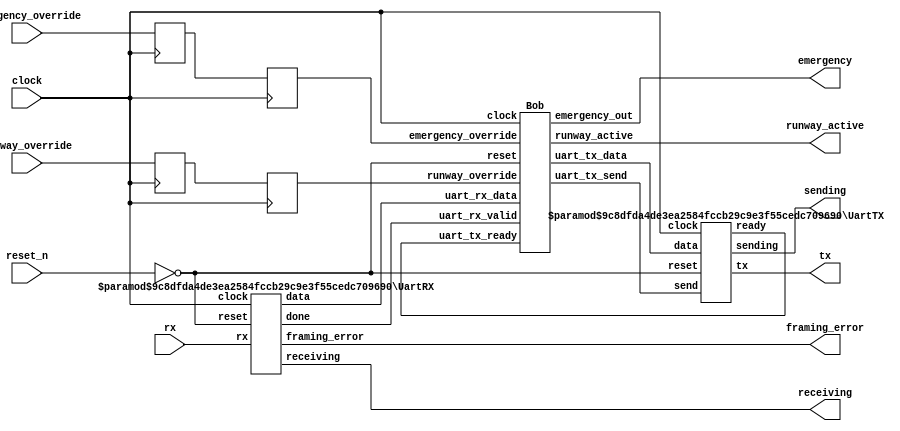
`default_nettype none
module BobTop (
	clock,
	reset_n,
	rx,
	runway_override,
	emergency_override,
	tx,
	framing_error,
	runway_active,
	emergency,
	receiving,
	sending
);
	input wire clock;
	input wire reset_n;
	input wire rx;
	input wire [1:0] runway_override;
	input wire emergency_override;
	output wire tx;
	output wire framing_error;
	output wire [1:0] runway_active;
	output wire emergency;
	output wire receiving;
	output wire sending;
	wire [7:0] uart_rx_data;
	wire [7:0] uart_tx_data;
	wire uart_rx_valid;
	wire uart_tx_ready;
	wire uart_tx_send;
	UartRX #(
		.CLK_HZ(25000000),
		.BAUD_RATE(115200)
	) receiver(
		.clock(clock),
		.reset(~reset_n),
		.rx(rx),
		.data(uart_rx_data),
		.done(uart_rx_valid),
		.framing_error(framing_error),
		.receiving(receiving)
	);
	UartTX #(
		.CLK_HZ(25000000),
		.BAUD_RATE(115200)
	) transmitter(
		.clock(clock),
		.reset(~reset_n),
		.send(uart_tx_send),
		.data(uart_tx_data),
		.tx(tx),
		.ready(uart_tx_ready),
		.sending(sending)
	);
	reg [1:0] ro_temp;
	reg [1:0] ro_sync;
	reg eo_temp;
	reg eo_sync;
	always @(posedge clock) begin
		ro_temp <= runway_override;
		eo_temp <= emergency_override;
		ro_sync <= ro_temp;
		eo_sync <= eo_temp;
	end
	Bob bobby(
		.clock(clock),
		.reset(~reset_n),
		.uart_rx_data(uart_rx_data),
		.uart_rx_valid(uart_rx_valid),
		.uart_tx_data(uart_tx_data),
		.uart_tx_ready(uart_tx_ready),
		.uart_tx_send(uart_tx_send),
		.runway_active(runway_active),
		.runway_override(ro_sync),
		.emergency_out(emergency),
		.emergency_override(eo_sync)
	);
endmodule
module Bob (
	clock,
	reset,
	uart_rx_data,
	uart_rx_valid,
	runway_override,
	emergency_override,
	uart_tx_data,
	uart_tx_ready,
	uart_tx_send,
	runway_active,
	emergency_out
);
	input wire clock;
	input wire reset;
	input wire [7:0] uart_rx_data;
	input wire uart_rx_valid;
	input wire [1:0] runway_override;
	input wire emergency_override;
	output wire [7:0] uart_tx_data;
	input wire uart_tx_ready;
	output wire uart_tx_send;
	output wire [1:0] runway_active;
	output wire emergency_out;
	wire [7:0] uart_request;
	wire uart_rd_request;
	wire uart_empty;
	wire runway_id;
	wire lock;
	wire unlock;
	reg [3:0] cleared_id_to_lock;
	wire sel_takeoff_id_lock;
	wire [9:0] runway;
	wire queue_takeoff_plane;
	wire unqueue_takeoff_plane;
	wire [3:0] cleared_takeoff_id;
	wire takeoff_fifo_full;
	wire takeoff_fifo_empty;
	wire queue_landing_plane;
	wire unqueue_landing_plane;
	wire [3:0] cleared_landing_id;
	wire landing_fifo_full;
	wire landing_fifo_empty;
	wire send_hold;
	wire send_say_ag;
	wire send_divert;
	wire send_divert_landing;
	wire send_valid_id;
	wire send_invalid_id;
	wire [1:0] send_clear;
	reg [7:0] reply_to_send;
	wire send_reply;
	wire queue_reply;
	wire reply_fifo_full;
	wire reply_fifo_empty;
	reg emergency;
	wire set_emergency;
	wire unset_emergency;
	reg [3:0] emergency_id;
	FIFO #(
		.WIDTH(8),
		.DEPTH(4)
	) uart_requests(
		.clock(clock),
		.reset(reset),
		.data_in(uart_rx_data),
		.we(uart_rx_valid),
		.re(uart_rd_request),
		.data_out({uart_request[7-:4], uart_request[3-:3], uart_request[0]}),
		.full(),
		.empty(uart_empty)
	);
	FIFO #(
		.WIDTH(4),
		.DEPTH(8)
	) takeoff_fifo(
		.clock(clock),
		.reset(reset),
		.data_in(uart_request[7-:4]),
		.we(queue_takeoff_plane),
		.re(unqueue_takeoff_plane),
		.data_out(cleared_takeoff_id),
		.full(takeoff_fifo_full),
		.empty(takeoff_fifo_empty)
	);
	FIFO #(
		.WIDTH(4),
		.DEPTH(8)
	) landing_fifo(
		.clock(clock),
		.reset(reset),
		.data_in(uart_request[7-:4]),
		.we(queue_landing_plane),
		.re(unqueue_landing_plane),
		.data_out(cleared_landing_id),
		.full(landing_fifo_full),
		.empty(landing_fifo_empty)
	);
	wire [3:0] new_id;
	reg [3:0] id_in;
	wire sel_diverted_id;
	wire take_id;
	wire release_id;
	wire id_full;
	wire [15:0] all_id;
	always @(*)
		if (sel_diverted_id)
			id_in = cleared_landing_id;
		else
			id_in = uart_request[7-:4];
	AircraftIDManager id_manager(
		.clock(clock),
		.reset(reset),
		.id_in(id_in),
		.release_id(release_id),
		.take_id(take_id),
		.id_out(new_id),
		.all_id(all_id),
		.full(id_full)
	);
	ReadRequestFsm fsm(
		.emergency(emergency_out),
		.clock(clock),
		.reset(reset),
		.uart_empty(uart_empty),
		.uart_request(uart_request),
		.takeoff_fifo_full(takeoff_fifo_full),
		.landing_fifo_full(landing_fifo_full),
		.takeoff_fifo_empty(takeoff_fifo_empty),
		.landing_fifo_empty(landing_fifo_empty),
		.reply_fifo_full(reply_fifo_full),
		.runway_active(runway_active),
		.all_id(all_id),
		.id_full(id_full),
		.emergency_id(emergency_id),
		.runway(runway),
		.uart_rd_request(uart_rd_request),
		.queue_takeoff_plane(queue_takeoff_plane),
		.queue_landing_plane(queue_landing_plane),
		.unqueue_takeoff_plane(unqueue_takeoff_plane),
		.unqueue_landing_plane(unqueue_landing_plane),
		.send_clear(send_clear),
		.send_hold(send_hold),
		.send_say_ag(send_say_ag),
		.send_divert(send_divert),
		.send_divert_landing(send_divert_landing),
		.send_invalid_id(send_invalid_id),
		.send_valid_id(send_valid_id),
		.queue_reply(queue_reply),
		.lock(lock),
		.unlock(unlock),
		.runway_id(runway_id),
		.set_emergency(set_emergency),
		.unset_emergency(unset_emergency),
		.take_id(take_id),
		.release_id(release_id),
		.sel_takeoff_id_lock(sel_takeoff_id_lock),
		.sel_diverted_id(sel_diverted_id)
	);
	always @(posedge clock)
		if (reset)
			reply_to_send <= 0;
		else if (send_clear[0] ^ send_clear[1]) begin
			if (send_clear[0]) begin
				reply_to_send[7-:4] <= cleared_takeoff_id;
				reply_to_send[3-:3] <= 3'b011;
				reply_to_send[0] <= runway_id;
			end
			else if (send_clear[1]) begin
				reply_to_send[7-:4] <= cleared_landing_id;
				reply_to_send[3-:3] <= 3'b011;
				reply_to_send[0] <= runway_id;
			end
		end
		else if (send_hold) begin
			reply_to_send[7-:4] <= uart_request[7-:4];
			reply_to_send[3-:3] <= 3'b100;
			reply_to_send[0] <= 1'b0;
		end
		else if (send_say_ag) begin
			reply_to_send[7-:4] <= uart_request[7-:4];
			reply_to_send[3-:3] <= 3'b101;
			reply_to_send[0] <= 1'b0;
		end
		else if (send_divert) begin
			reply_to_send[7-:4] <= uart_request[7-:4];
			reply_to_send[3-:3] <= 3'b110;
			reply_to_send[0] <= 1'b0;
		end
		else if (send_divert_landing) begin
			reply_to_send[7-:4] <= cleared_landing_id;
			reply_to_send[3-:3] <= 3'b110;
			reply_to_send[0] <= 1'b0;
		end
		else if (send_invalid_id) begin
			reply_to_send[7-:4] <= 4'd0;
			reply_to_send[3-:3] <= 3'b111;
			reply_to_send[0] <= 1'b1;
		end
		else if (send_valid_id) begin
			reply_to_send[7-:4] <= new_id;
			reply_to_send[3-:3] <= 3'b111;
			reply_to_send[0] <= 1'b0;
		end
	FIFO #(
		.WIDTH(8),
		.DEPTH(4)
	) uart_replies(
		.clock(clock),
		.reset(reset),
		.data_in(reply_to_send),
		.we(queue_reply),
		.re(send_reply),
		.data_out(uart_tx_data),
		.full(reply_fifo_full),
		.empty(reply_fifo_empty)
	);
	SendReplyFsm reply_fsm(
		.clock(clock),
		.reset(reset),
		.uart_tx_ready(uart_tx_ready),
		.reply_fifo_empty(reply_fifo_empty),
		.send_reply(send_reply),
		.uart_tx_send(uart_tx_send)
	);
	always @(*)
		if (sel_takeoff_id_lock)
			cleared_id_to_lock = cleared_takeoff_id;
		else
			cleared_id_to_lock = cleared_landing_id;
	RunwayManager runway_manager(
		.clock(clock),
		.reset(reset),
		.plane_id_unlock(uart_request[7-:4]),
		.plane_id_lock(cleared_id_to_lock),
		.runway_id(runway_id),
		.lock(lock),
		.unlock(unlock),
		.runway_active(runway_active),
		.runway_override(runway_override),
		.runway(runway)
	);
	always @(posedge clock)
		if (reset) begin
			emergency_id <= 4'd0;
			emergency <= 1'b0;
		end
		else if (set_emergency) begin
			emergency_id <= uart_request[7-:4];
			emergency <= 1'b1;
		end
		else if (unset_emergency)
			emergency <= 1'b0;
	assign emergency_out = emergency | emergency_override;
endmodule
module ReadRequestFsm (
	clock,
	reset,
	uart_empty,
	uart_request,
	takeoff_fifo_full,
	landing_fifo_full,
	takeoff_fifo_empty,
	landing_fifo_empty,
	reply_fifo_full,
	runway_active,
	emergency,
	all_id,
	id_full,
	emergency_id,
	runway,
	uart_rd_request,
	queue_takeoff_plane,
	queue_landing_plane,
	unqueue_takeoff_plane,
	unqueue_landing_plane,
	send_clear,
	send_hold,
	send_say_ag,
	send_divert,
	send_divert_landing,
	send_invalid_id,
	send_valid_id,
	queue_reply,
	lock,
	unlock,
	runway_id,
	set_emergency,
	unset_emergency,
	take_id,
	release_id,
	sel_takeoff_id_lock,
	sel_diverted_id
);
	input wire clock;
	input wire reset;
	input wire uart_empty;
	input wire [7:0] uart_request;
	input wire takeoff_fifo_full;
	input wire landing_fifo_full;
	input wire takeoff_fifo_empty;
	input wire landing_fifo_empty;
	input wire reply_fifo_full;
	input wire [1:0] runway_active;
	input wire emergency;
	input wire [15:0] all_id;
	input wire id_full;
	input wire [3:0] emergency_id;
	input wire [9:0] runway;
	output reg uart_rd_request;
	output reg queue_takeoff_plane;
	output reg queue_landing_plane;
	output reg unqueue_takeoff_plane;
	output reg unqueue_landing_plane;
	output reg [1:0] send_clear;
	output reg send_hold;
	output reg send_say_ag;
	output reg send_divert;
	output reg send_divert_landing;
	output reg send_invalid_id;
	output reg send_valid_id;
	output reg queue_reply;
	output reg lock;
	output reg unlock;
	output reg runway_id;
	output reg set_emergency;
	output reg unset_emergency;
	output reg take_id;
	output reg release_id;
	output reg sel_takeoff_id_lock;
	output reg sel_diverted_id;
	wire [3:0] plane_id;
	wire [2:0] msg_type;
	wire [1:0] msg_action;
	reg takeoff_first;
	reg reverse_takeoff_first;
	assign plane_id = uart_request[7-:4];
	assign msg_type = uart_request[3-:3];
	assign msg_action = uart_request[0];
	reg [2:0] state;
	reg [2:0] next_state;
	always @(*) begin
		uart_rd_request = 1'b0;
		queue_takeoff_plane = 1'b0;
		queue_landing_plane = 1'b0;
		unqueue_takeoff_plane = 1'b0;
		unqueue_landing_plane = 1'b0;
		send_clear = 2'b00;
		send_hold = 1'b0;
		send_say_ag = 1'b0;
		send_divert = 1'b0;
		send_divert_landing = 1'b0;
		send_invalid_id = 1'b0;
		send_valid_id = 1'b0;
		queue_reply = 1'b0;
		lock = 1'b0;
		unlock = 1'b0;
		runway_id = 1'b0;
		set_emergency = 1'b0;
		unset_emergency = 1'b0;
		take_id = 1'b0;
		release_id = 1'b0;
		sel_takeoff_id_lock = 1'b0;
		sel_diverted_id = 1'b0;
		reverse_takeoff_first = 1'b0;
		next_state = 3'b000;
		case (state)
			3'b000:
				if (uart_empty) begin
					if (emergency) begin
						if (!landing_fifo_empty) begin
							next_state = 3'b110;
							unqueue_landing_plane = 1'b1;
						end
						else
							next_state = 3'b000;
					end
					else if (runway_active != 2'b11) begin
						if (!takeoff_fifo_empty && !landing_fifo_empty) begin
							if (takeoff_first) begin
								next_state = 3'b100;
								unqueue_takeoff_plane = 1'b1;
							end
							else begin
								next_state = 3'b101;
								unqueue_landing_plane = 1'b1;
							end
						end
						else if (!takeoff_fifo_empty) begin
							next_state = 3'b100;
							unqueue_takeoff_plane = 1'b1;
						end
						else if (!landing_fifo_empty) begin
							next_state = 3'b101;
							unqueue_landing_plane = 1'b1;
						end
						else
							next_state = 3'b000;
					end
					else
						next_state = 3'b000;
				end
				else begin
					next_state = 3'b001;
					uart_rd_request = 1'b1;
				end
			3'b001:
				if (msg_type == 3'b000) begin
					if (all_id[plane_id]) begin
						next_state = 3'b010;
						if (msg_action == 1'b0) begin
							if (takeoff_fifo_full) begin
								send_divert = 1'b1;
								release_id = 1'b1;
							end
							else begin
								queue_takeoff_plane = 1'b1;
								send_hold = 1'b1;
							end
						end
						else if (msg_action == 1'b1) begin
							if (landing_fifo_full || emergency) begin
								send_divert = 1'b1;
								release_id = 1'b1;
							end
							else begin
								queue_landing_plane = 1'b1;
								send_hold = 1'b1;
							end
						end
					end
					else
						next_state = 3'b011;
				end
				else if (msg_type == 3'b001) begin
					if (all_id[plane_id]) begin
						next_state = 3'b011;
						if (!msg_action) begin
							if ((runway[4-:4] == plane_id) && runway[0])
								release_id = 1'b1;
							unlock = 1'b1;
							runway_id = 1'b0;
						end
						else if (msg_action) begin
							if ((runway[9-:4] == plane_id) && runway[5])
								release_id = 1'b1;
							unlock = 1'b1;
							runway_id = 1'b1;
						end
					end
					else
						next_state = 3'b011;
				end
				else if (msg_type == 3'b010) begin
					if (msg_action == 1'b1) begin
						if (!landing_fifo_empty) begin
							next_state = 3'b110;
							unqueue_landing_plane = 1'b1;
						end
						else
							next_state = 3'b000;
						set_emergency = 1'b1;
					end
					else if (msg_action == 1'b0) begin
						next_state = 3'b011;
						if (emergency_id == plane_id)
							unset_emergency = 1'b1;
						release_id = 1'b1;
					end
				end
				else if (msg_type == 3'b111) begin
					next_state = 3'b010;
					if (id_full)
						send_invalid_id = 1'b1;
					else begin
						send_valid_id = 1'b1;
						take_id = 1'b1;
					end
				end
				else begin
					next_state = 3'b010;
					send_say_ag = 1'b1;
				end
			3'b010:
				if (reply_fifo_full)
					next_state = 3'b010;
				else begin
					next_state = 3'b011;
					queue_reply = 1'b1;
				end
			3'b011:
				if (emergency) begin
					if (!landing_fifo_empty) begin
						next_state = 3'b110;
						unqueue_landing_plane = 1'b1;
					end
					else
						next_state = 3'b000;
				end
				else if (runway_active != 2'b11) begin
					if (!takeoff_fifo_empty && !landing_fifo_empty) begin
						if (takeoff_first) begin
							next_state = 3'b100;
							unqueue_takeoff_plane = 1'b1;
							reverse_takeoff_first = 1'b1;
						end
						else begin
							next_state = 3'b101;
							unqueue_landing_plane = 1'b1;
							reverse_takeoff_first = 1'b1;
						end
					end
					else if (!takeoff_fifo_empty) begin
						next_state = 3'b100;
						unqueue_takeoff_plane = 1'b1;
					end
					else if (!landing_fifo_empty) begin
						next_state = 3'b101;
						unqueue_landing_plane = 1'b1;
					end
					else
						next_state = 3'b000;
				end
				else
					next_state = 3'b000;
			3'b100: begin
				next_state = 3'b111;
				sel_takeoff_id_lock = 1'b1;
				if (!runway_active[0]) begin
					runway_id = 1'b0;
					lock = 1'b1;
					send_clear = 2'b01;
				end
				else if (!runway_active[1]) begin
					runway_id = 1'b1;
					lock = 1'b1;
					send_clear = 2'b01;
				end
			end
			3'b101: begin
				next_state = 3'b111;
				if (!runway_active[0]) begin
					runway_id = 1'b0;
					lock = 1'b1;
					send_clear = 2'b10;
				end
				else if (!runway_active[1]) begin
					runway_id = 1'b1;
					lock = 1'b1;
					send_clear = 2'b10;
				end
			end
			3'b110: begin
				next_state = 3'b111;
				send_divert_landing = 1'b1;
				sel_diverted_id = 1'b1;
				release_id = 1'b1;
			end
			3'b111: begin
				next_state = 3'b000;
				queue_reply = 1'b1;
			end
			default: next_state = 3'b000;
		endcase
	end
	always @(posedge clock)
		if (reset)
			state <= 3'b000;
		else
			state <= next_state;
	always @(posedge clock)
		if (reset)
			takeoff_first <= 1'b0;
		else if (reverse_takeoff_first)
			takeoff_first <= ~takeoff_first;
endmodule
module SendReplyFsm (
	clock,
	reset,
	uart_tx_ready,
	reply_fifo_empty,
	send_reply,
	uart_tx_send
);
	input wire clock;
	input wire reset;
	input wire uart_tx_ready;
	input wire reply_fifo_empty;
	output reg send_reply;
	output reg uart_tx_send;
	reg state;
	reg next_state;
	always @(*) begin
		send_reply = 1'b0;
		uart_tx_send = 1'b0;
		case (state)
			1'd0:
				if (reply_fifo_empty || !uart_tx_ready)
					next_state = 1'd0;
				else begin
					next_state = 1'd1;
					send_reply = 1'b1;
				end
			1'd1: begin
				next_state = 1'd0;
				uart_tx_send = 1'b1;
			end
			default: next_state = 1'd0;
		endcase
	end
	always @(posedge clock)
		if (reset)
			state <= 1'd0;
		else
			state <= next_state;
endmodule
module FIFO (
	clock,
	reset,
	data_in,
	we,
	re,
	data_out,
	full,
	empty
);
	parameter signed [31:0] WIDTH = 8;
	parameter signed [31:0] DEPTH = 4;
	input wire clock;
	input wire reset;
	input wire [WIDTH - 1:0] data_in;
	input wire we;
	input wire re;
	output reg [WIDTH - 1:0] data_out;
	output wire full;
	output wire empty;
	reg [(DEPTH * WIDTH) - 1:0] queue;
	reg [$clog2(DEPTH):0] count;
	reg [$clog2(DEPTH) - 1:0] put_ptr;
	reg [$clog2(DEPTH) - 1:0] get_ptr;
	assign empty = count == 0;
	assign full = count == DEPTH;
	always @(posedge clock)
		if (reset) begin
			count <= 0;
			get_ptr <= 0;
			put_ptr <= 0;
			data_out <= 0;
		end
		else if ((re && !empty) && we) begin
			data_out <= queue[get_ptr * WIDTH+:WIDTH];
			get_ptr <= get_ptr + 1;
			queue[put_ptr * WIDTH+:WIDTH] <= data_in;
			put_ptr <= put_ptr + 1;
		end
		else if (re && !empty) begin
			data_out <= queue[get_ptr * WIDTH+:WIDTH];
			get_ptr <= get_ptr + 1;
			count <= count - 1;
		end
		else if (we && !full) begin
			queue[put_ptr * WIDTH+:WIDTH] <= data_in;
			put_ptr <= put_ptr + 1;
			count <= count + 1;
		end
endmodule
module RunwayManager (
	clock,
	reset,
	plane_id_unlock,
	plane_id_lock,
	runway_id,
	lock,
	unlock,
	runway_override,
	runway_active,
	runway
);
	input wire clock;
	input wire reset;
	input wire [3:0] plane_id_unlock;
	input wire [3:0] plane_id_lock;
	input wire runway_id;
	input wire lock;
	input wire unlock;
	input wire [1:0] runway_override;
	output wire [1:0] runway_active;
	output reg [9:0] runway;
	assign runway_active[0] = runway[0] | runway_override[0];
	assign runway_active[1] = runway[5] | runway_override[1];
	always @(posedge clock)
		if (reset)
			runway <= 1'sb0;
		else if (lock && !unlock) begin
			if (runway_id) begin
				runway[9-:4] <= plane_id_lock;
				runway[5] <= 1'b1;
			end
			else begin
				runway[4-:4] <= plane_id_lock;
				runway[0] <= 1'b1;
			end
		end
		else if (!lock && unlock) begin
			if (runway_id) begin
				if (plane_id_unlock == runway[9-:4])
					runway[5] <= 1'b0;
			end
			else if (plane_id_unlock == runway[4-:4])
				runway[0] <= 1'b0;
		end
endmodule
module AircraftIDManager (
	clock,
	reset,
	id_in,
	release_id,
	take_id,
	id_out,
	all_id,
	full
);
	input wire clock;
	input wire reset;
	input wire [3:0] id_in;
	input wire release_id;
	input wire take_id;
	output wire [3:0] id_out;
	output wire [15:0] all_id;
	output wire full;
	reg [15:0] taken_id;
	reg [3:0] id_avail;
	assign all_id = taken_id;
	assign id_out = id_avail;
	assign full = taken_id == 16'hffff;
	always @(*) begin
		id_avail = 4'd0;
		case (1'b0)
			taken_id[0]: id_avail = 4'd0;
			taken_id[1]: id_avail = 4'd1;
			taken_id[2]: id_avail = 4'd2;
			taken_id[3]: id_avail = 4'd3;
			taken_id[4]: id_avail = 4'd4;
			taken_id[5]: id_avail = 4'd5;
			taken_id[6]: id_avail = 4'd6;
			taken_id[7]: id_avail = 4'd7;
			taken_id[8]: id_avail = 4'd8;
			taken_id[9]: id_avail = 4'd9;
			taken_id[10]: id_avail = 4'd10;
			taken_id[11]: id_avail = 4'd11;
			taken_id[12]: id_avail = 4'd12;
			taken_id[13]: id_avail = 4'd13;
			taken_id[14]: id_avail = 4'd14;
			taken_id[15]: id_avail = 4'd15;
			default: id_avail = 4'd0;
		endcase
	end
	always @(posedge clock)
		if (reset)
			taken_id <= 1'sb0;
		else if (release_id)
			taken_id[id_in] <= 1'b0;
		else if (take_id && !full)
			taken_id[id_avail] <= 1'b1;
endmodule
`default_nettype none
module UartRX (
	clock,
	reset,
	rx,
	data,
	done,
	framing_error,
	receiving
);
	parameter signed [31:0] CLK_HZ = 25000000;
	parameter signed [31:0] BAUD_RATE = 115200;
	input wire clock;
	input wire reset;
	input wire rx;
	output reg [7:0] data;
	output wire done;
	output wire framing_error;
	output wire receiving;
	wire start;
	wire tick;
	BaudRateGenerator #(
		.CLK_HZ(CLK_HZ),
		.BAUD_RATE(BAUD_RATE)
	) conductor(
		.clock(clock),
		.reset(reset),
		.start_rx(start),
		.start_tx(1'b0),
		.tick(tick)
	);
	wire collect_data;
	wire en_data_counter;
	wire clear_data_counter;
	reg [3:0] data_counter;
	wire done_data;
	always @(posedge clock)
		if (reset)
			data <= 1'sb0;
		else if (collect_data && tick) begin
			data <= data >> 1;
			data[7] <= rx;
		end
	assign done_data = data_counter == 4'd8;
	always @(posedge clock)
		if (reset || clear_data_counter)
			data_counter <= 1'sb0;
		else if (en_data_counter && tick)
			data_counter <= data_counter + 1'b1;
	UartRXFsm fsm(
		.clock(clock),
		.reset(reset),
		.tick(tick),
		.rx(rx),
		.done_data(done_data),
		.start(start),
		.collect_data(collect_data),
		.en_data_counter(en_data_counter),
		.clear_data_counter(clear_data_counter),
		.framing_error(framing_error),
		.done(done),
		.receiving(receiving)
	);
endmodule
module UartRXFsm (
	clock,
	reset,
	tick,
	rx,
	done_data,
	start,
	collect_data,
	en_data_counter,
	clear_data_counter,
	framing_error,
	done,
	receiving
);
	input wire clock;
	input wire reset;
	input wire tick;
	input wire rx;
	input wire done_data;
	output reg start;
	output reg collect_data;
	output reg en_data_counter;
	output reg clear_data_counter;
	output reg framing_error;
	output reg done;
	output reg receiving;
	reg [1:0] state;
	reg [1:0] next_state;
	always @(*) begin
		start = 1'b0;
		collect_data = 1'b0;
		en_data_counter = 1'b0;
		clear_data_counter = 1'b0;
		framing_error = 1'b0;
		done = 1'b0;
		receiving = 1'b0;
		next_state = 2'd0;
		case (state)
			2'd0:
				if (!rx) begin
					next_state = 2'd1;
					start = 1'b1;
				end
				else
					next_state = 2'd0;
			2'd1:
				if (tick && rx)
					next_state = 2'd0;
				else if (tick && !rx)
					next_state = 2'd2;
				else
					next_state = 2'd1;
			2'd2: begin
				if (tick && !done_data) begin
					next_state = 2'd2;
					collect_data = 1'b1;
					en_data_counter = 1'b1;
				end
				else if (tick && done_data) begin
					if (!rx) begin
						next_state = 2'd3;
						framing_error = 1'b1;
					end
					else begin
						next_state = 2'd0;
						clear_data_counter = 1'b1;
						done = 1'b1;
					end
				end
				else
					next_state = 2'd2;
				receiving = 1'b1;
			end
			2'd3: begin
				if (tick && rx) begin
					next_state = 2'd0;
					clear_data_counter = 1'b1;
				end
				else if (tick && !rx)
					next_state = 2'd3;
				framing_error = 1'b1;
			end
			default: next_state = 2'd0;
		endcase
	end
	always @(posedge clock)
		if (reset)
			state <= 2'd0;
		else
			state <= next_state;
endmodule
`default_nettype none
module UartTX (
	clock,
	reset,
	send,
	data,
	tx,
	ready,
	sending
);
	parameter signed [31:0] CLK_HZ = 25000000;
	parameter signed [31:0] BAUD_RATE = 115200;
	input wire clock;
	input wire reset;
	input wire send;
	input wire [7:0] data;
	output reg tx;
	output wire ready;
	output wire sending;
	wire start;
	wire tick;
	BaudRateGenerator #(
		.CLK_HZ(CLK_HZ),
		.BAUD_RATE(BAUD_RATE)
	) conductor(
		.clock(clock),
		.reset(reset),
		.start_rx(1'b0),
		.start_tx(start),
		.tick(tick)
	);
	wire en_data_counter;
	reg [3:0] data_counter;
	wire done_data;
	wire clear_data_counter;
	assign done_data = data_counter == 4'd8;
	always @(posedge clock)
		if (reset || clear_data_counter)
			data_counter <= 1'sb0;
		else if (en_data_counter && tick)
			data_counter <= data_counter + 1;
	reg [7:0] saved_data;
	reg data_bit;
	wire send_data;
	always @(posedge clock)
		if (reset)
			saved_data <= 1'sb0;
		else if (start)
			saved_data <= data;
		else if (send_data && tick)
			saved_data <= saved_data >> 1;
	always @(posedge clock)
		if (reset || start)
			data_bit <= 1'b0;
		else if (send_data && tick)
			data_bit <= saved_data[0];
	wire send_start_bit;
	wire send_stop_bit;
	always @(posedge clock)
		if (reset)
			tx <= 1'b1;
		else if (send_start_bit)
			tx <= 1'b0;
		else if (send_data)
			tx <= data_bit;
		else if (send_stop_bit)
			tx <= 1'b1;
		else
			tx <= 1'b1;
	UartTXFsm fsm(
		.clock(clock),
		.reset(reset),
		.send(send),
		.tick(tick),
		.done_data(done_data),
		.start(start),
		.send_start_bit(send_start_bit),
		.send_data(send_data),
		.send_stop_bit(send_stop_bit),
		.en_data_counter(en_data_counter),
		.clear_data_counter(clear_data_counter),
		.ready(ready),
		.sending(sending)
	);
endmodule
module UartTXFsm (
	clock,
	reset,
	send,
	tick,
	done_data,
	start,
	send_start_bit,
	send_data,
	send_stop_bit,
	en_data_counter,
	clear_data_counter,
	ready,
	sending
);
	input wire clock;
	input wire reset;
	input wire send;
	input wire tick;
	input wire done_data;
	output reg start;
	output reg send_start_bit;
	output reg send_data;
	output reg send_stop_bit;
	output reg en_data_counter;
	output reg clear_data_counter;
	output reg ready;
	output reg sending;
	reg [1:0] state;
	reg [1:0] next_state;
	always @(*) begin
		start = 1'b0;
		send_start_bit = 1'b0;
		send_data = 1'b0;
		send_stop_bit = 1'b0;
		en_data_counter = 1'b0;
		clear_data_counter = 1'b0;
		ready = 1'b0;
		sending = 1'b0;
		next_state = 2'd0;
		case (state)
			2'd0:
				if (send) begin
					next_state = 2'd1;
					start = 1'b1;
					send_start_bit = 1'b1;
				end
				else begin
					next_state = 2'd0;
					ready = 1'b1;
				end
			2'd1: begin
				if (tick) begin
					next_state = 2'd2;
					send_data = 1'b1;
					en_data_counter = 1'b1;
				end
				else begin
					next_state = 2'd1;
					send_start_bit = 1'b1;
				end
				sending = 1'b1;
			end
			2'd2: begin
				if (tick && done_data) begin
					next_state = 2'd3;
					send_stop_bit = 1'b1;
					clear_data_counter = 1'b1;
				end
				else begin
					next_state = 2'd2;
					send_data = 1'b1;
					en_data_counter = 1'b1;
				end
				sending = 1'b1;
			end
			2'd3: begin
				if (tick) begin
					next_state = 2'd0;
					ready = 1'b1;
				end
				else begin
					next_state = 2'd3;
					send_stop_bit = 1'b1;
				end
				sending = 1'b1;
			end
			default: next_state = 2'd0;
		endcase
	end
	always @(posedge clock)
		if (reset)
			state <= 2'd0;
		else
			state <= next_state;
endmodule
`default_nettype none
module BaudRateGenerator (
	clock,
	reset,
	start_rx,
	start_tx,
	tick
);
	parameter signed [31:0] CLK_HZ = 25000000;
	parameter signed [31:0] BAUD_RATE = 115200;
	input wire clock;
	input wire reset;
	input wire start_rx;
	input wire start_tx;
	output wire tick;
	parameter signed [31:0] DIVISOR = CLK_HZ / BAUD_RATE;
	reg [$clog2(DIVISOR) + 1:0] clockCount;
	assign tick = clockCount == DIVISOR;
	always @(posedge clock)
		if (reset | tick)
			clockCount <= 1'sb0;
		else if (start_rx)
			clockCount <= DIVISOR / 2;
		else if (start_tx)
			clockCount <= 1'sb0;
		else
			clockCount <= clockCount + 1'b1;
endmodule